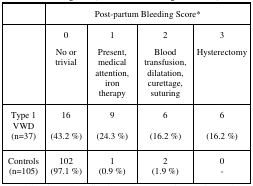
<table><thead><tr><td></td><td colspan="4"><b>Post-partum Bleeding Score*</b></td></tr><tr><td></td><td><b>0No or trivial</b></td><td><b>1Present, medical attention, iron therapy</b></td><td><b>2Blood transfusion, dilatation, curettage, suturing</b></td><td><b>3Hysterectomy</b></td></tr></thead><tbody><tr><td>Type 1 VWD (n=37)</td><td>16(43.2 %)</td><td>9(24.3 %)</td><td>6(16.2 %)</td><td>6(16.2 %)</td></tr><tr><td>Controls (n=105)</td><td>102 (97.1 %)</td><td>1 (0.9 %)</td><td>2 (1.9 %)</td><td>0-</td></tr></tbody></table>